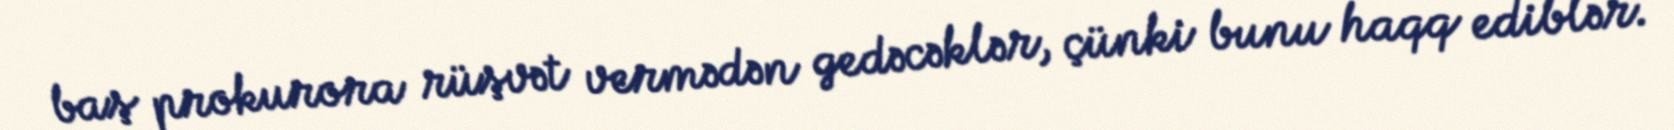
baş prokurora rüşvət vermədən gedəcəklər, çünki bunu haqq ediblər.